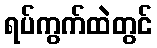
ရပ်ကွက်ထဲတွင်